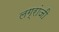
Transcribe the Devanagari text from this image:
लग्रांजी